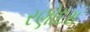
રણોદરા